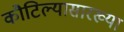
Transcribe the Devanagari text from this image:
कौटिल्यासारख्या